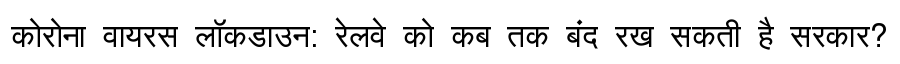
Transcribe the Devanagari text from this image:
कोरोना वायरस लॉकडाउन: रेलवे को कब तक बंद रख सकती है सरकार?